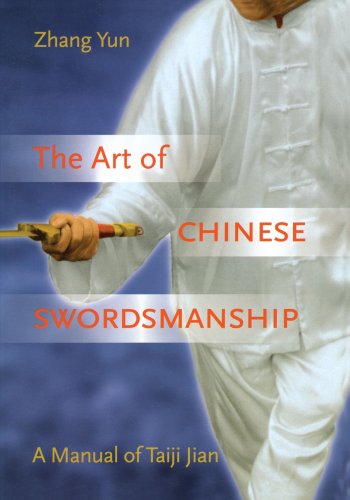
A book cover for The Art of Chinese Swordsmanship: A Manual of Taiji Jian; Zhang Yun; Sports & Outdoors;